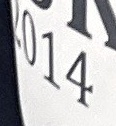
2014